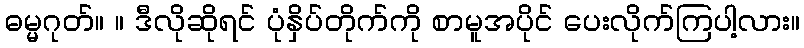
ဓမ္မဂုတ်။ ။ ဒီလိုဆိုရင် ပုံနှိပ်တိုက်ကို စာမူအပိုင် ပေးလိုက်ကြပါ့လား။